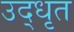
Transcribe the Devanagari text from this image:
उद्‍धृत